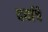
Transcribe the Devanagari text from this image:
दर्याचे